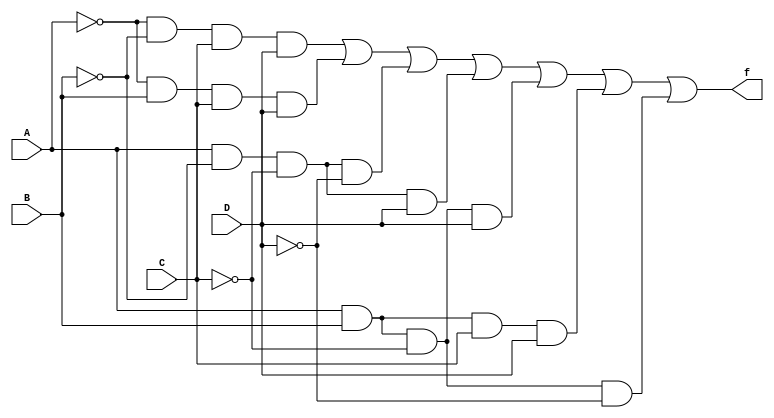

module func (f,A,B,C,D);
 input A,B,C,D;
 output f;
 wire nA,nB,nC,nD;
 wire P1,P2,P4,P5,P6,P7;
 not(nA,A);
 not(nB,B);
 not(nC,C);
 not(nD,D);
 and(P1,nA,nB,C,D);
 and(P2,nA,B,C,D);
 and(P3,A,nB,nC,nD);
 and(P4,A,nB,nC,D);
 and(P5,A,B,nC,D);
 and(P6,A,B,C,D);
 and(P7,A,B,nC,nD);

 or(f,P1,P2,P3,P4,P5,P6,P7);
endmodule



module func1(f1,A,B,C,D);
 input A,B,C,D;
 output f1;
 wire nA,nB,nC,nD;
 wire P1,P2,p3;
 not(nA,A);
 not(nB,B);
 not(nC,C);
 not(nD,D);
 and(P1,A,nC);
 and(P2,nA,C,D);
 and(P3,A,B,D);

 or(f1,P1,P2,P3);
endmodule

module func2(f2,A,B,C,D);
 input A,B,C,D;
 output f2;
 wire nA,nB,nC,nD;
 wire P1,P2,p3;
 not(nA,A);
 not(nB,B);
 not(nC,C);
 not(nD,D);
 and(P1,A,nC);
 and(P2,nA,C,D);
 and(P3,B,C,D);

 or(f2,P1,P2,P3);
endmodule





module simulare;
reg A,B,C,D;
wire f,f1,f2;

func funct(f,A,B,C,D);
func1 funct1(f1,A,B,C,D);
func1 funct2(f2,A,B,C,D);

initial
 begin
     A=1'b0;B=1'b0;C=1'b0;D=1'b0;
   #5A=1'b0;B=1'b0;C=1'b0;D=1'b1;
   #5A=1'b0;B=1'b0;C=1'b1;D=1'b0;
   #5A=1'b0;B=1'b0;C=1'b1;D=1'b1;
   #5A=1'b0;B=1'b1;C=1'b0;D=1'b0;
   #5A=1'b0;B=1'b1;C=1'b0;D=1'b1;
   #5A=1'b0;B=1'b1;C=1'b1;D=1'b0;
   #5A=1'b0;B=1'b1;C=1'b1;D=1'b1;
   #5A=1'b1;B=1'b0;C=1'b0;D=1'b0;
   #5A=1'b1;B=1'b0;C=1'b0;D=1'b1;
   #5A=1'b1;B=1'b0;C=1'b1;D=1'b0;
   #5A=1'b1;B=1'b0;C=1'b1;D=1'b1;
   #5A=1'b1;B=1'b1;C=1'b0;D=1'b0;
   #5A=1'b1;B=1'b1;C=1'b0;D=1'b1;
   #5A=1'b1;B=1'b1;C=1'b1;D=1'b0;
   #5A=1'b1;B=1'b1;C=1'b1;D=1'b1;
   #5 $finish;
 end
initial
  $monitor ("%b %b %b %b ->->f=%b f1=%b f2=%b  ",A,B,C,D,f,f1,f2);

endmodule